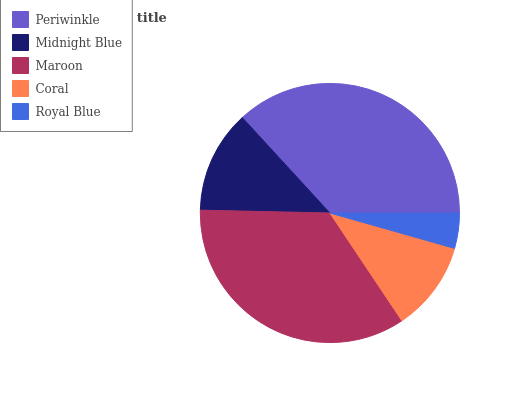
| Periwinkle | Midnight Blue | Maroon | Coral | Royal Blue |
 | --- | --- | --- | --- | --- |
 | 36.8% | 12.8% | 34.7% | 11.2% | 4.41% |